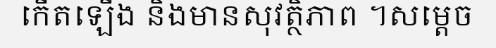
កើតឡើង និងមានសុវត្ថិភាព ។សម្តេច